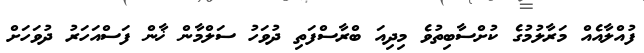
ފުއްލާއެއް މަރާލުމުގެ ކުށްސާބިތުވެ މިދިއަ ބްރާސްފަތި ދުވަހު ސަލްމާން ޚާން ފަސްއަހަރު ދުވަހަށް